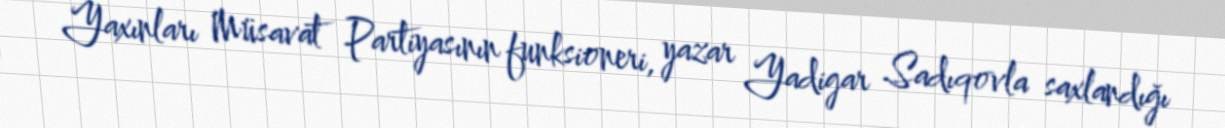
Yaxınları Müsavat Partiyasının funksioneri, yazar Yadigar Sadıqovla saxlandığı